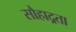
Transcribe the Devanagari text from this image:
सौहाद्र्रता